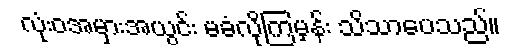
လုံးဝအမှားအယွင်း မခံလိုကြမှန်း သိသာပေသည်။